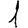
Digit: 1